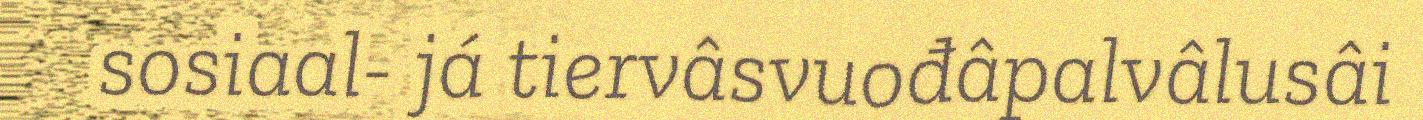
sosiaal- já tiervâsvuođâpalvâlusâi